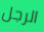
الرجل